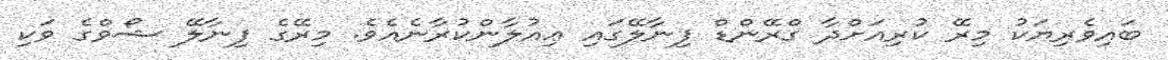
ބައިވެރިޔަކު މިރޭ ކުރިއަށްދާ ގްރޭންޑް ފިނާލޭގައި ޢިއުލާންކުރާނެއެވެ. މިރޭގެ ފިނާލޭ ޝޯވްގެ ވަކި